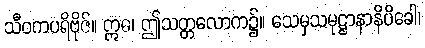
သီဝကပရိဗိုဇ်။ ဣဓ၊ ဤသတ္တလောက၌။ သေမှသမုဋ္ဌာနာနိပိခေါ၊